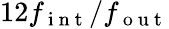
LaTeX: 12f_{\mathrm{~i~n~t~}}/f_{\mathrm{~o~u~t~}}